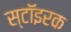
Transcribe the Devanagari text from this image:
स्टॉइरक